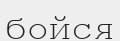
бойся